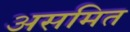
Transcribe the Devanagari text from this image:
असमित